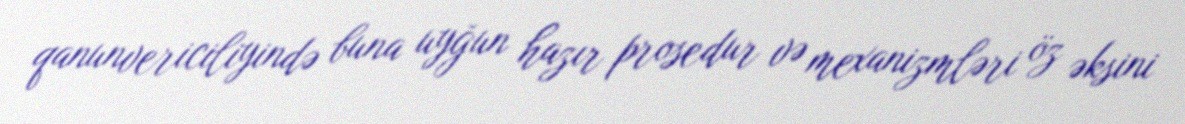
qanunvericiliyində buna uyğun hazır prosedur və mexanizmləri öz əksini